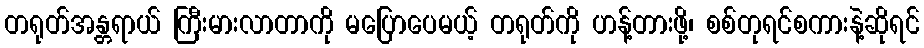
တရုတ်အန္တရာယ် ကြီးမားလာတာကို မပြောပေမယ့် တရုတ်ကို ဟန့်တားဖို့၊ စစ်တုရင်စကားနဲ့ဆိုရင်